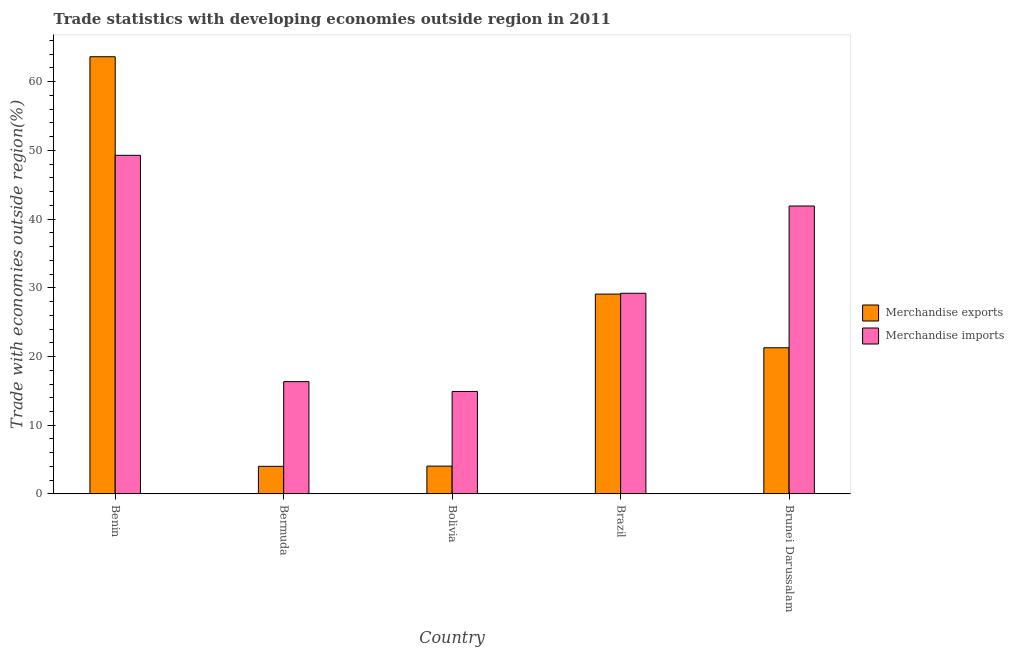
| Country | Merchandise exports | Merchandise imports |
 | --- | --- | --- |
 | Benin | 63.6 | 49.3 |
 | Bermuda | 4.02 | 16.3 |
 | Bolivia | 4.05 | 14.9 |
 | Brazil | 29.1 | 29.2 |
 | Brunei Darussalam | 21.3 | 41.9 |